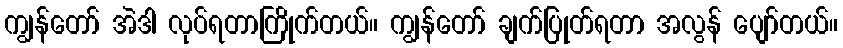
ကျွန်တော် အဲဒါ လုပ်ရတာကြိုက်တယ်။ ကျွန်တော် ချက်ပြုတ်ရတာ အလွန် ပျော်တယ်။